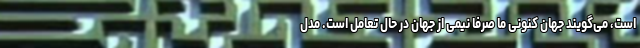
است، می‌گویند جهان کنونی ما صرفا نیمی از جهان در حال تعامل است. مدل